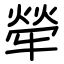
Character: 犖